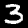
Digit: 3